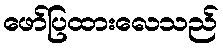
ဖော်ပြထားလေသည်